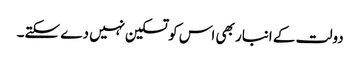
دولت کے انبار بھی اس کو تسکین نہیں دے سکتے۔